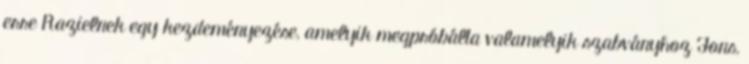
erre Razielnek egy kezdeményezése, amelyik megpróbálta valamelyik szabványhoz Fons,